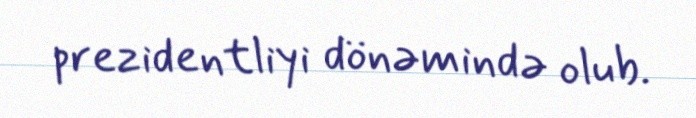
prezidentliyi dönəmində olub.